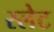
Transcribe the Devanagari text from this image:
स्‍लेट